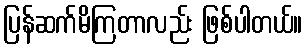
ပြန်ဆက်မိကြတာလည်း ဖြစ်ပါတယ်။